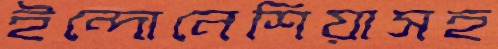
ইন্দোনেশিয়াসহ